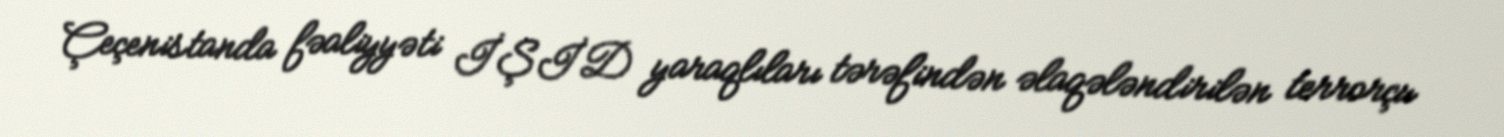
Çeçenistanda fəaliyyəti İŞİD yaraqlıları tərəfindən əlaqələndirilən terrorçu